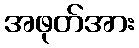
အဖုတ်အား